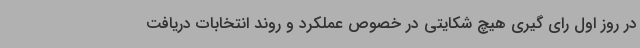
در روز اول رای گیری هیچ شکایتی در خصوص عملکرد و روند انتخابات دریافت